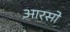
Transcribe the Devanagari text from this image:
आरसो